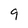
Character: 9